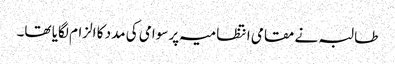
طالبہ نے مقامی انتظامیہ پر سوامی کی مدد کا الزام لگایا تھا۔